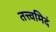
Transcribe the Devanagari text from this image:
तत्त्वमिदं